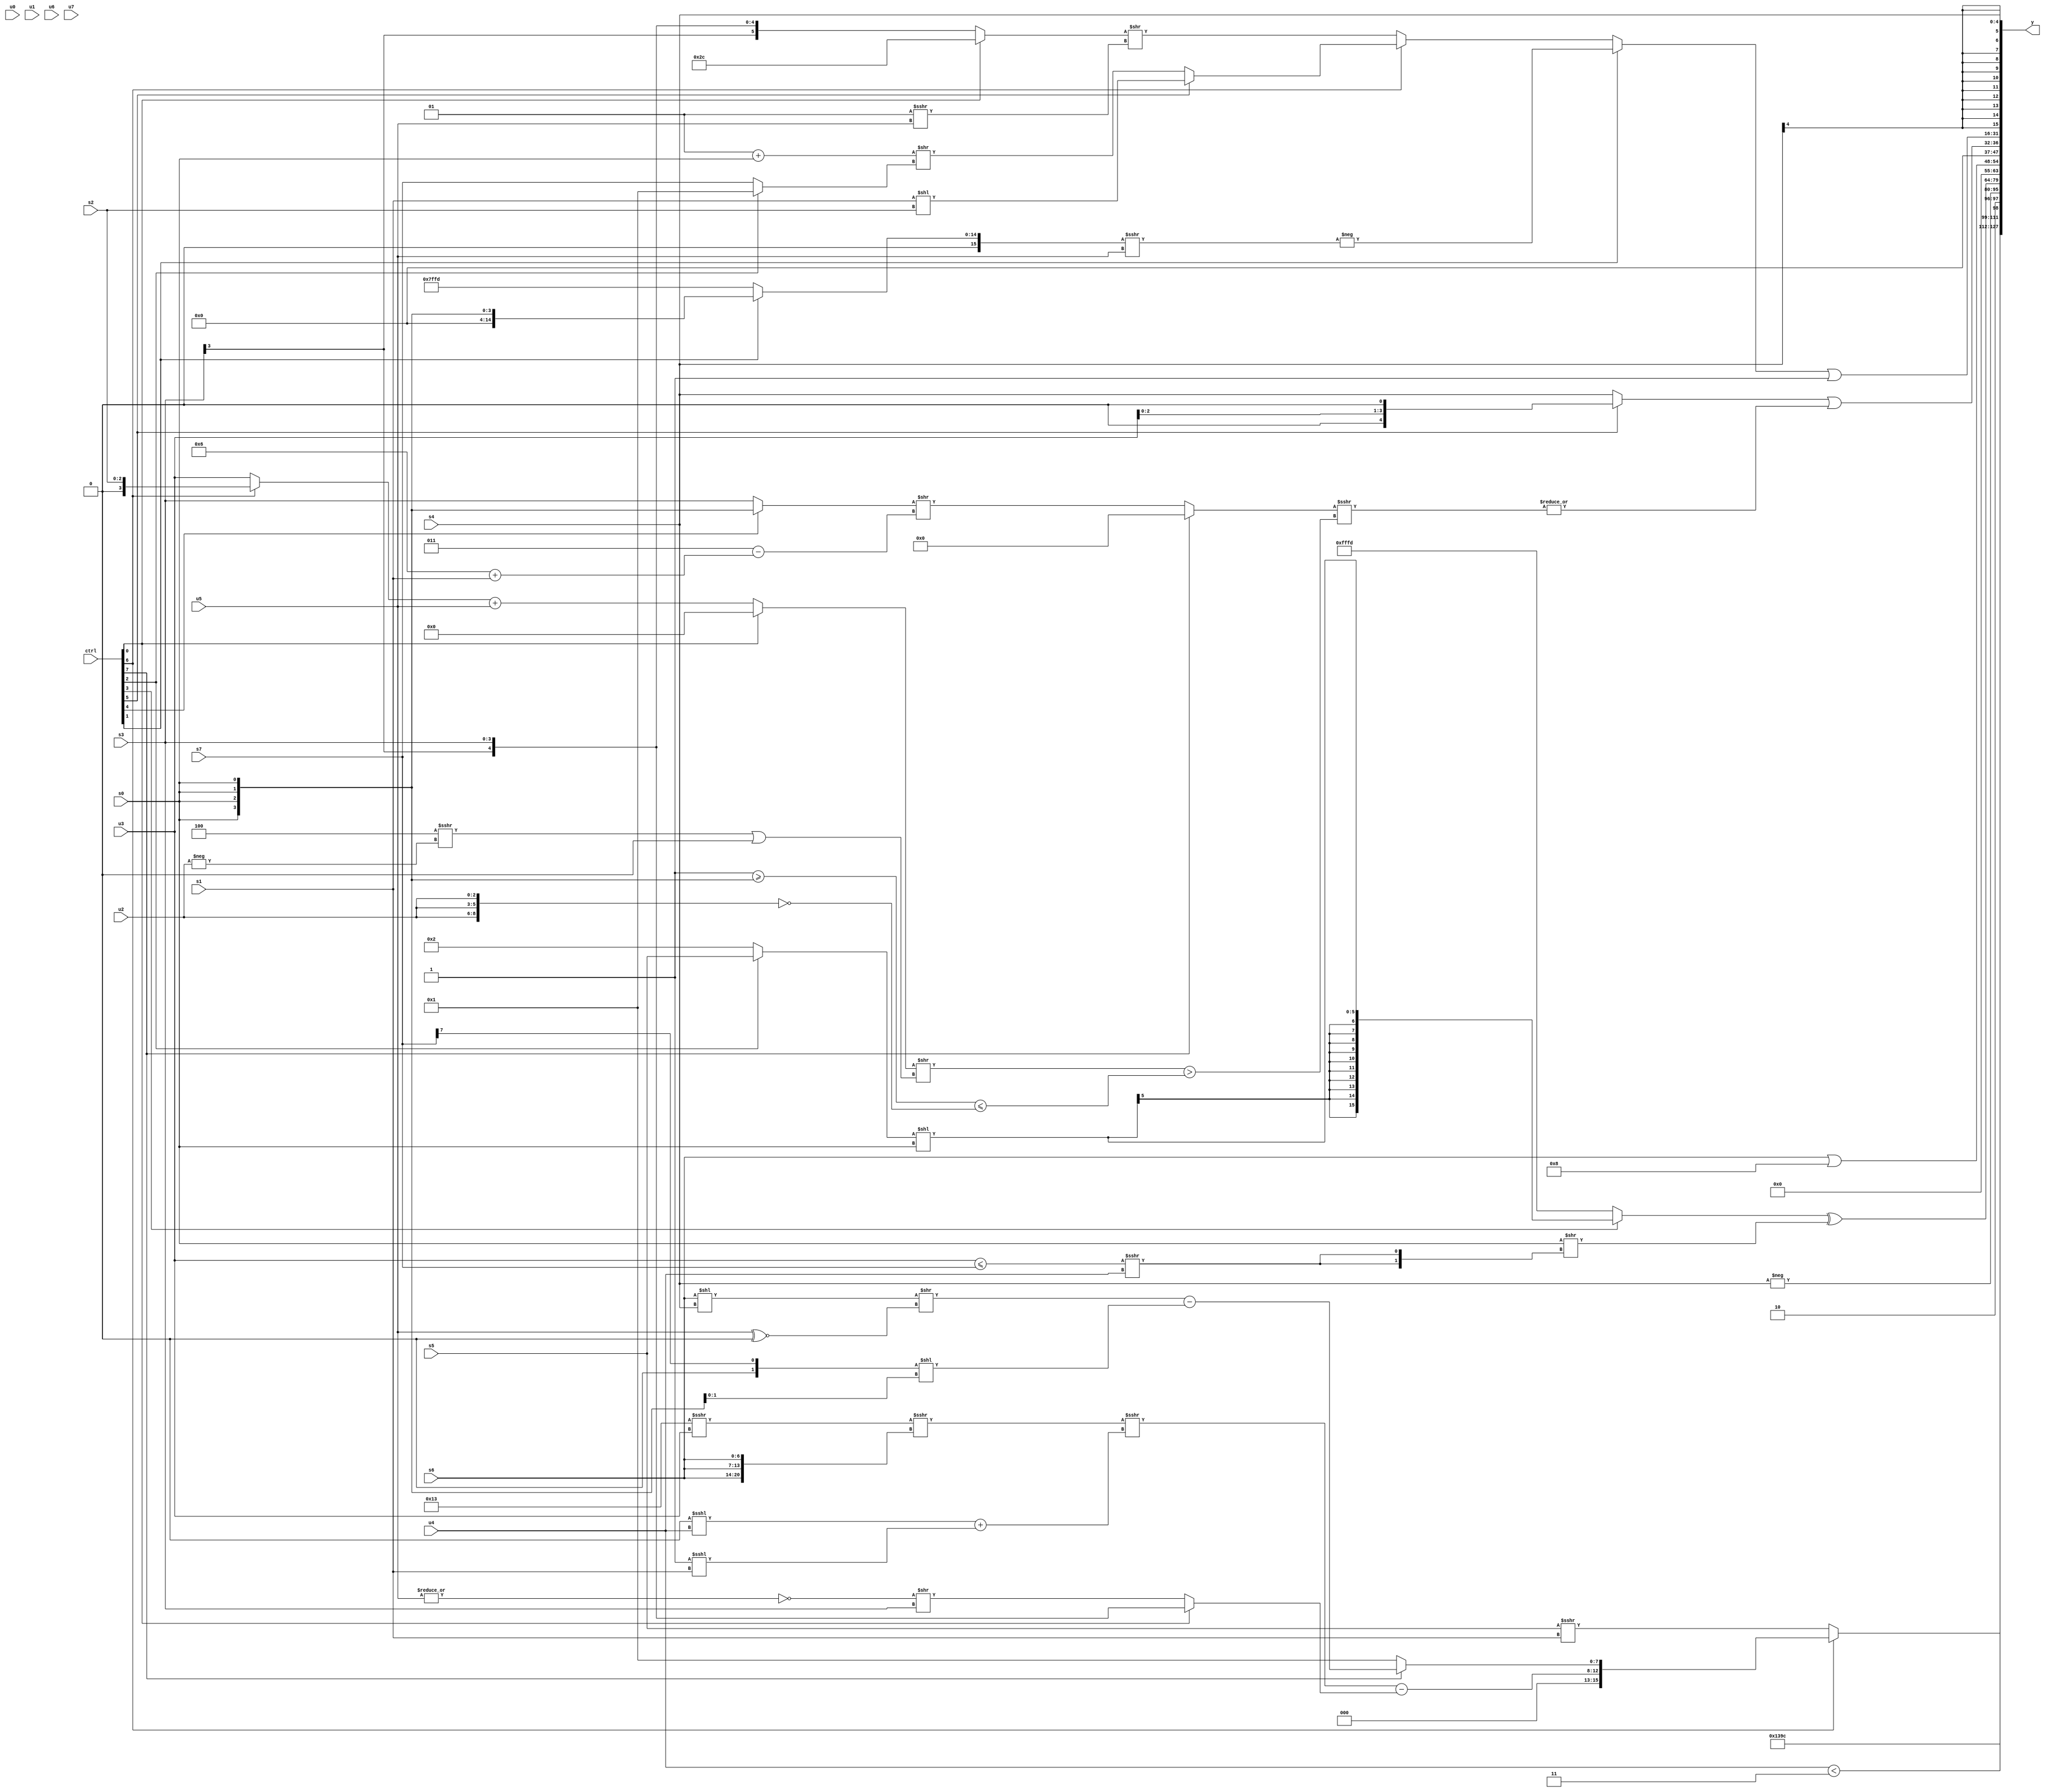
module wideexpr_00308(ctrl, u0, u1, u2, u3, u4, u5, u6, u7, s0, s1, s2, s3, s4, s5, s6, s7, y);
  input [7:0] ctrl;
  input [0:0] u0;
  input [1:0] u1;
  input [2:0] u2;
  input [3:0] u3;
  input [4:0] u4;
  input [5:0] u5;
  input [6:0] u6;
  input [7:0] u7;
  input signed [0:0] s0;
  input signed [1:0] s1;
  input signed [2:0] s2;
  input signed [3:0] s3;
  input signed [4:0] s4;
  input signed [5:0] s5;
  input signed [6:0] s6;
  input signed [7:0] s7;
  output [127:0] y;
  wire [15:0] y0;
  wire [15:0] y1;
  wire [15:0] y2;
  wire [15:0] y3;
  wire [15:0] y4;
  wire [15:0] y5;
  wire [15:0] y6;
  wire [15:0] y7;
  assign y = {y0,y1,y2,y3,y4,y5,y6,y7};
  assign y0 = (ctrl[6]?{($signed((((5'sb10011)>>>(u3))>>>({3{s6}}))>>>(((3'sb000)<<<(u4))+((1'sb1)<<<(s1)))))-((ctrl[0]?s3:($signed(~|(u5)))>>(s3))),(ctrl[7]?(+(((s6)<<(s4))>>((u5)^~(1'b0))))-((($signed(s7))>>((3'sb110)+(4'sb1001)))<<({2{$unsigned(s0)}})):3'sb001)}:(s5)>>>($signed(s1)));
  assign y1 = {3'sb101,(2'sb01)^~(((-(s5))<<(1'sb1))+(((s4)>>>(4'b1100))^~(-(3'b111)))),$signed((+((ctrl[0]?s1:s5)))-(-((ctrl[5]?2'b01:s4)))),{{4{5'sb11100}},$signed(($unsigned(u4))<(3'sb011)),$signed(2'sb10)}};
  assign y2 = -(s4);
  assign y3 = ((ctrl[3]?$signed(((ctrl[2]?$unsigned(s5):(3'b000)|(5'b00010)))<<(s0)):$signed(4'b1101)))^((s0)>>({2{+(((u3)<=(s7))>>>({1{u4}}))}}));
  assign y4 = (s6)|(4'b1000);
  assign y5 = ((ctrl[5]?$signed((u3)<<(2'sb01)):s4))|(|($signed(((ctrl[7]?{(((ctrl[4]?1'b1:s0))<<<(4'sb0111))>>>(1'sb1)}:({$signed((ctrl[4]?s0:s3))})>>($signed(($signed(3'b011))-((5'sb00110)+(s1))))))>>>((((ctrl[0]?(ctrl[0]?(s1)>>(6'sb011000):{6'sb001101,s6,s4,u1}):((ctrl[6]?s2:u3))+(u5)))>>(((5'sb00100)>>>(-(u2)))|((+(2'b01))>>(4'sb1100))))>((((2'sb01)-(~^(3'b111)))>=({4{s0}}))<=(!(+({3{u2}}))))))));
  assign y6 = +(((ctrl[1]?-(((ctrl[1]?(s0)>>(4'sb1100):(5'sb11011)>>(2'sb01)))>>>($unsigned($signed(u5)))):(ctrl[6]?(ctrl[5]?(s1)<<(s2):((2'sb01)+(s0))>>((ctrl[2]?2'sb01:s7))):+(((ctrl[0]?6'sb101100:s3))>>((2'sb01)>>>(u5))))))|(2'sb11));
  assign y7 = s4;
endmodule